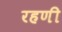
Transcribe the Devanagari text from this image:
रहणी